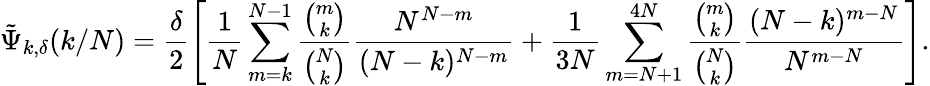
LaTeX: \tilde{\Psi}_{k,\delta}(k/N)=\frac{\delta}{2}\left[\frac{1}{N}\sum_{m=k}^{N-1}\frac{{\binom{m}{k}}}{{\binom{N}{k}}}\frac{N^{N-m}}{(N-k)^{N-m}}+\frac{1}{3N}\sum_{m=N+1}^{4N}\frac{{\binom{m}{k}}}{{\binom{N}{k}}}\frac{(N-k)^{m-N}}{N^{m-N}}\right].